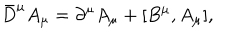
{ \bar { D } } ^ { \mu } A _ { \mu } = \partial ^ { \mu } A _ { \mu } + [ B ^ { \mu } , A _ { \mu } ] ,